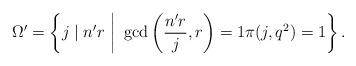
LaTeX: \begin{align*} \Omega'=\left\{j\mid {n^\prime}r ~\middle|~ \gcd\left(\frac{{n^\prime}r}{j},r\right)=1 \pi(j, q^2)=1\right\}.\end{align*}